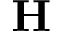
\mathbf { H }